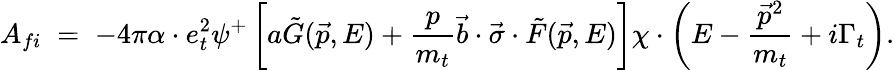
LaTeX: A_{fi}\; =\; -4\pi\alpha\cdot e_{t}^{2}\psi^{+}\left[a\tilde{G}(\vec{p},E)+\frac{p}{m_{t}}\vec{b}\cdot\vec{\sigma}\cdot\tilde{F}(\vec{p},E)\right]\chi\cdot\left(E-\frac{\vec{p}^{2}}{m_{t}}+i\Gamma_{t}\right).